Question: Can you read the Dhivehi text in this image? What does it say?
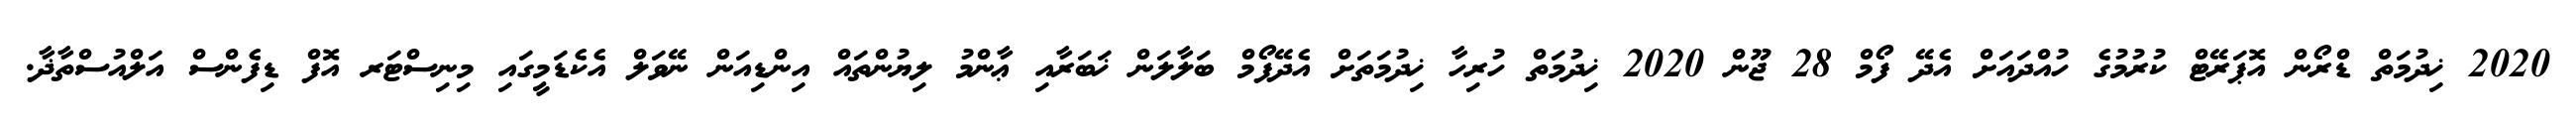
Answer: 2020 ޚިދުމަތް ޑްރޯން އޮޕަރޭޓް ކުރުމުގެ ހުއްދައަށް އެދޭ ފޯމް 28 ޖޫން 2020 ޚިދުމަތް ހުރިހާ ޚިދުމަތަށް އެދޭފޯމް ބަލާލަން ޚަބަރާއި ޢާންމު ލިޔުންތައް އިންޑިއަން ނޭވަލް އެކެޑަމީގައި މިނިސްޓަރ އޮފް ޑިފެންސް އަލްއުސްތާޛާ.